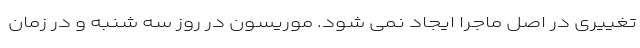
تغییری در اصل ماجرا ایجاد نمی شود. موریسون در روز سه شنبه و در زمان